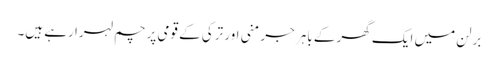
برلن میں ایک گھر کے باہر جرمنی اور ترکی کے قومی پرچم لہرا رہے ہیں۔